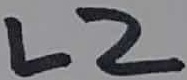
Text: L2